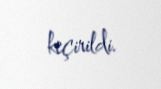
keçirildi.